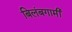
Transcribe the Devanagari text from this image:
बिलंबगामी